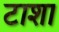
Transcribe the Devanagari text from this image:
टाशा